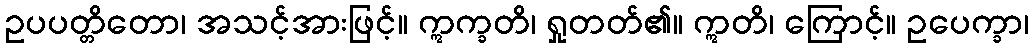
ဥပပတ္တိတော၊ အသင့်အားဖြင့်။ ဣက္ခတိ၊ ရှုတတ်၏။ ဣတိ၊ ကြောင့်။ ဥပေက္ခာ၊